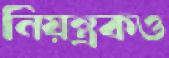
নিয়ন্ত্রকও